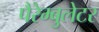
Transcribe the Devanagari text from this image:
पैरेम्बुलेटर